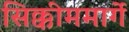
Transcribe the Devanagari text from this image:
सिक्कीममार्गे